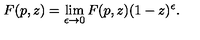
F ( p , z ) = \lim _ { \epsilon \rightarrow 0 } F ( p , z ) ( 1 - z ) ^ { \epsilon } .